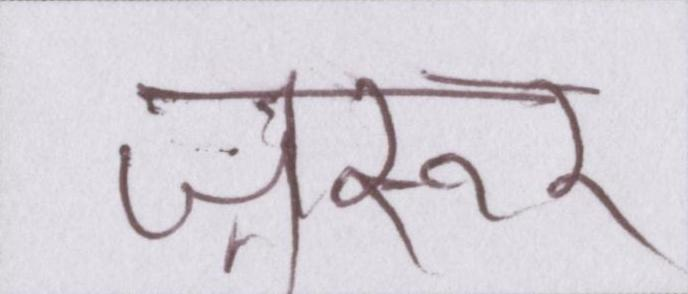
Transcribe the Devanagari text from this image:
ज़रूर